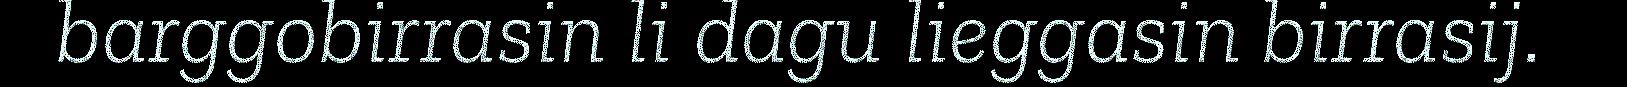
barggobirrasin li dagu lieggasin birrasij.